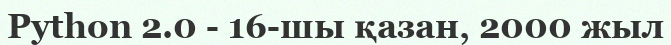
Python 2.0 - 16-шы қазан, 2000 жыл